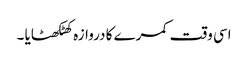
اسی وقت کمرے کا دروازہ کھٹکھٹایا ۔